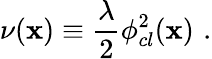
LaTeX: \nu(\mathbf{x})\equiv{\frac{{\lambda}}{{2}}}\phi_{cl}^{2}(\mathbf{x})\, \, .